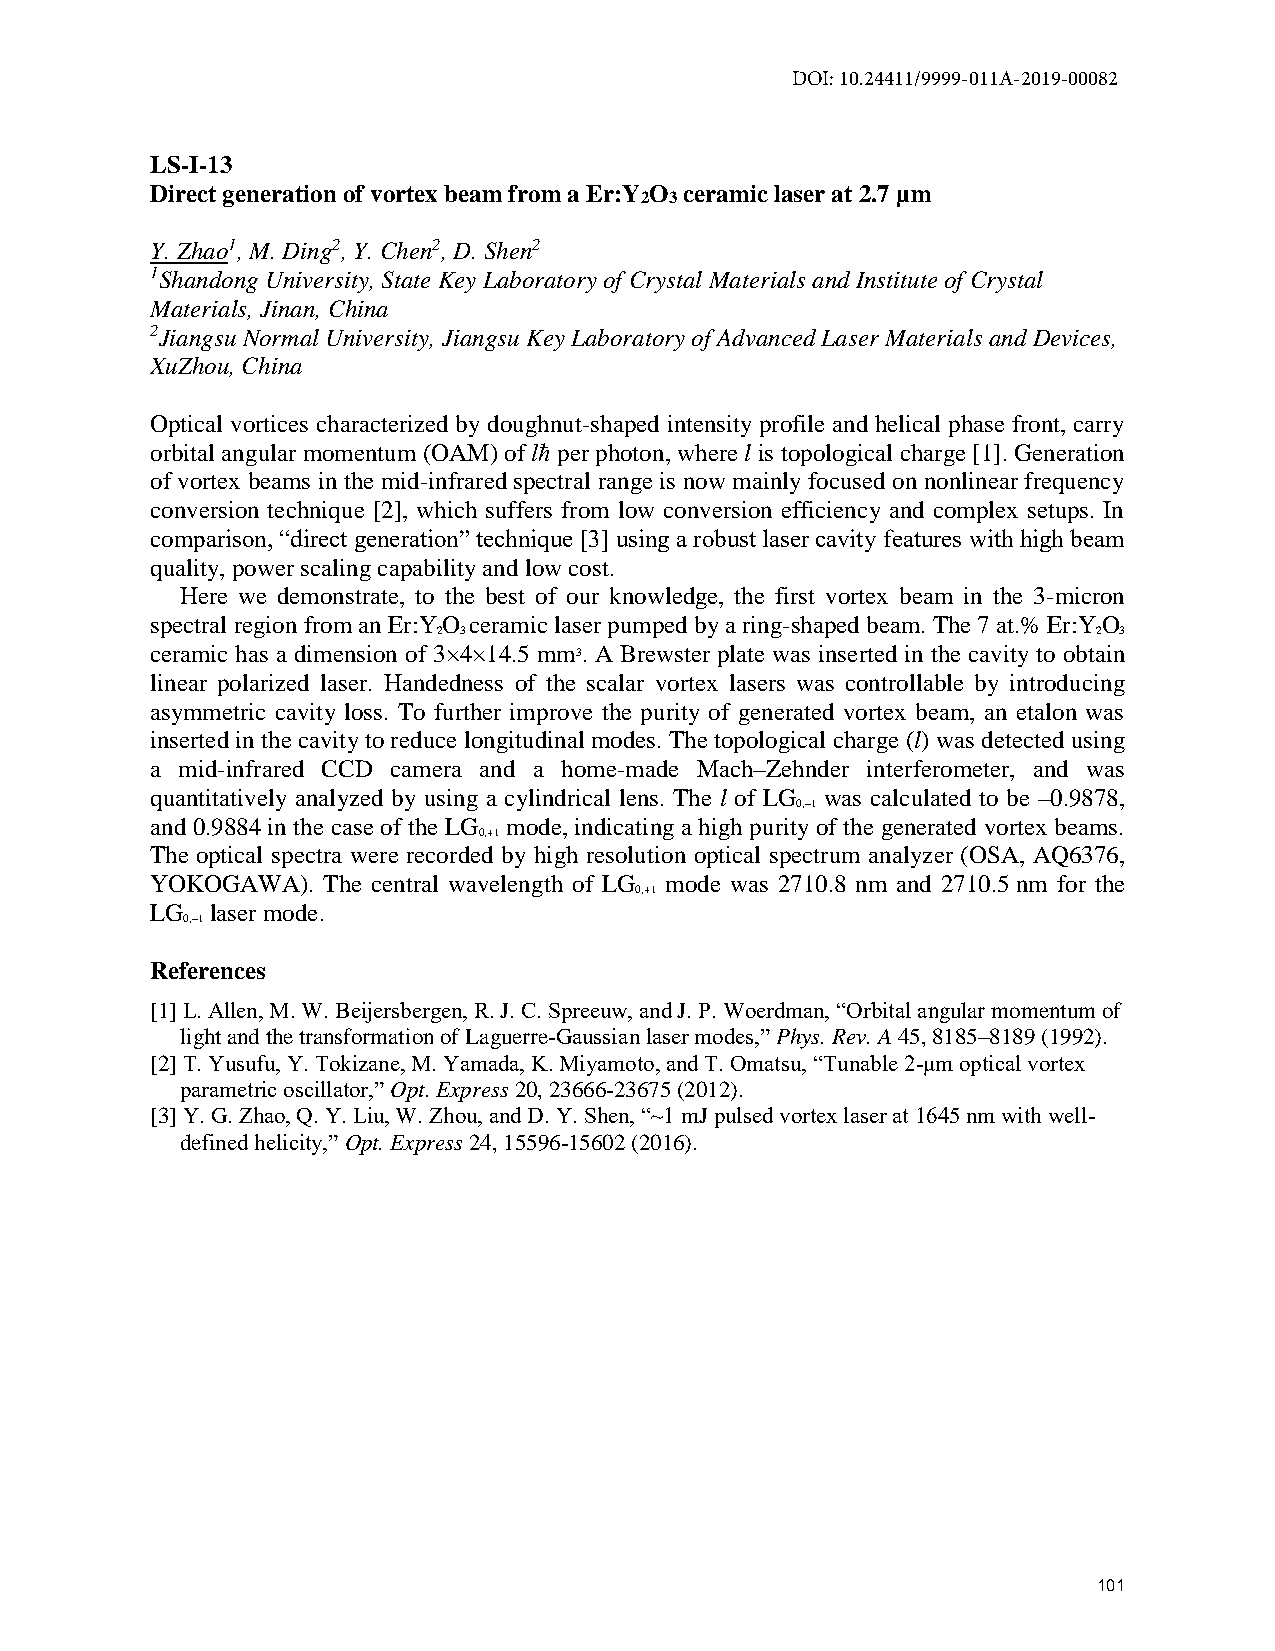
DOI: 10.24411/9999-011A-2019-00082
 LS-I-13
 Direct generation of vortex beam from a Er:Y O ceramic laser at 2.7 µm
 2 3
 Y. Zhao1, M. Ding2, Y. Chen2, D. Shen2
 1Shandong University, State Key Laboratory of Crystal Materials and Institute of Crystal
 Materials, Jinan, China
 2Jiangsu Normal University, Jiangsu Key Laboratory of Advanced Laser Materials and Devices,
 XuZhou, China
 Optical vortices characterized by doughnut-shaped intensity profile and helical phase front, carry
 orbital angular momentum (OAM) of lħ per photon, where l is topological charge [1]. Generation
 of vortex beams in the mid-infrared spectral range is now mainly focused on nonlinear frequency
 conversion technique [2], which suffers from low conversion efficiency and complex setups. In
 comparison, “direct generation” technique [3] using a robust laser cavity features with high beam
 quality, power scaling capability and low cost.
 Here we demonstrate, to the best of our knowledge, the first vortex beam in the 3-micron
 spectral region from an Er:YO ceramic laser pumped by a ring-shaped beam. The 7 at.% Er:YO
 2 3                                         2 3
 ceramic has a dimension of 3×4×14.5 mm3. A Brewster plate was inserted in the cavity to obtain
 linear polarized laser. Handedness of the scalar vortex lasers was controllable by introducing
 asymmetric cavity loss. To further improve the purity of generated vortex beam, an etalon was
 inserted in the cavity to reduce longitudinal modes. The topological charge (l) was detected using
 a mid-infrared CCD camera and a home-made Mach–Zehnder interferometer, and was
 quantitatively analyzed by using a cylindrical lens. The l of LG was calculated to be –0.9878,
 0,–1
 and 0.9884 in the case of the LG mode, indicating a high purity of the generated vortex beams.
 0,+1
 The optical spectra were recorded by high resolution optical spectrum analyzer (OSA, AQ6376,
 YOKOGAWA). The central wavelength of LG mode was 2710.8 nm and 2710.5 nm for the
 0,+1
 LG  laser mode.
 0,–1
 References
 [1] L. Allen, M. W. Beijersbergen, R. J. C. Spreeuw, and J. P. Woerdman, “Orbital angular momentum of
 light and the transformation of Laguerre-Gaussian laser modes,” Phys. Rev. A 45, 8185–8189 (1992).
 [2] T. Yusufu, Y. Tokizane, M. Yamada, K. Miyamoto, and T. Omatsu, “Tunable 2-μm optical vortex
 parametric oscillator,” Opt. Express 20, 23666-23675 (2012).
 [3] Y. G. Zhao, Q. Y. Liu, W. Zhou, and D. Y. Shen, “~1 mJ pulsed vortex laser at 1645 nm with well-
 defined helicity,” Opt. Express 24, 15596-15602 (2016).
 101